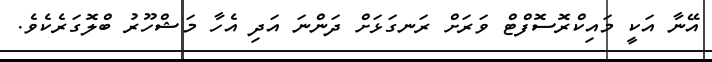
އޭނާ އަކީ މައިކްރޮސޮފްޓް ވަރަށް ރަނގަޅަށް ދަންނަ އަދި އެހާ މަޝްހޫރު ބްލޮގަރެކެވެ.